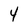
Character: 4